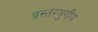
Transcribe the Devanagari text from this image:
प्रस्तरयुगीय